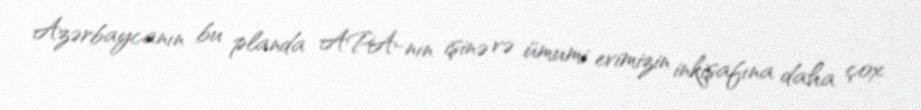
Azərbaycanın bu planda APA-nın işinə və ümumi evimizin inkişafına daha çox